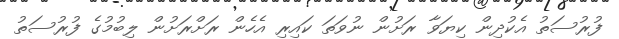
ފުރުސަތު އެކުދިން ކިޔަވާ ރަށުން ނުވަތަ ކައިރި އެހެން ރަށްރަށުން ލިބުމުގެ ފުރުސަތު